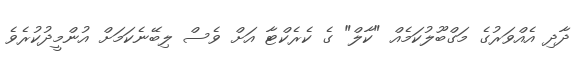
ދާދި އެއްވަރުގެ މަގްބޫލުކަމެއް "ކާލް" ގެ ކެރެކްޓާ އަށް ވެސް ލިބޭނެކަމަށް އުންމީދުކުރެވެ